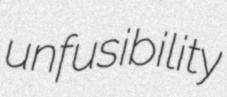
unfusibility